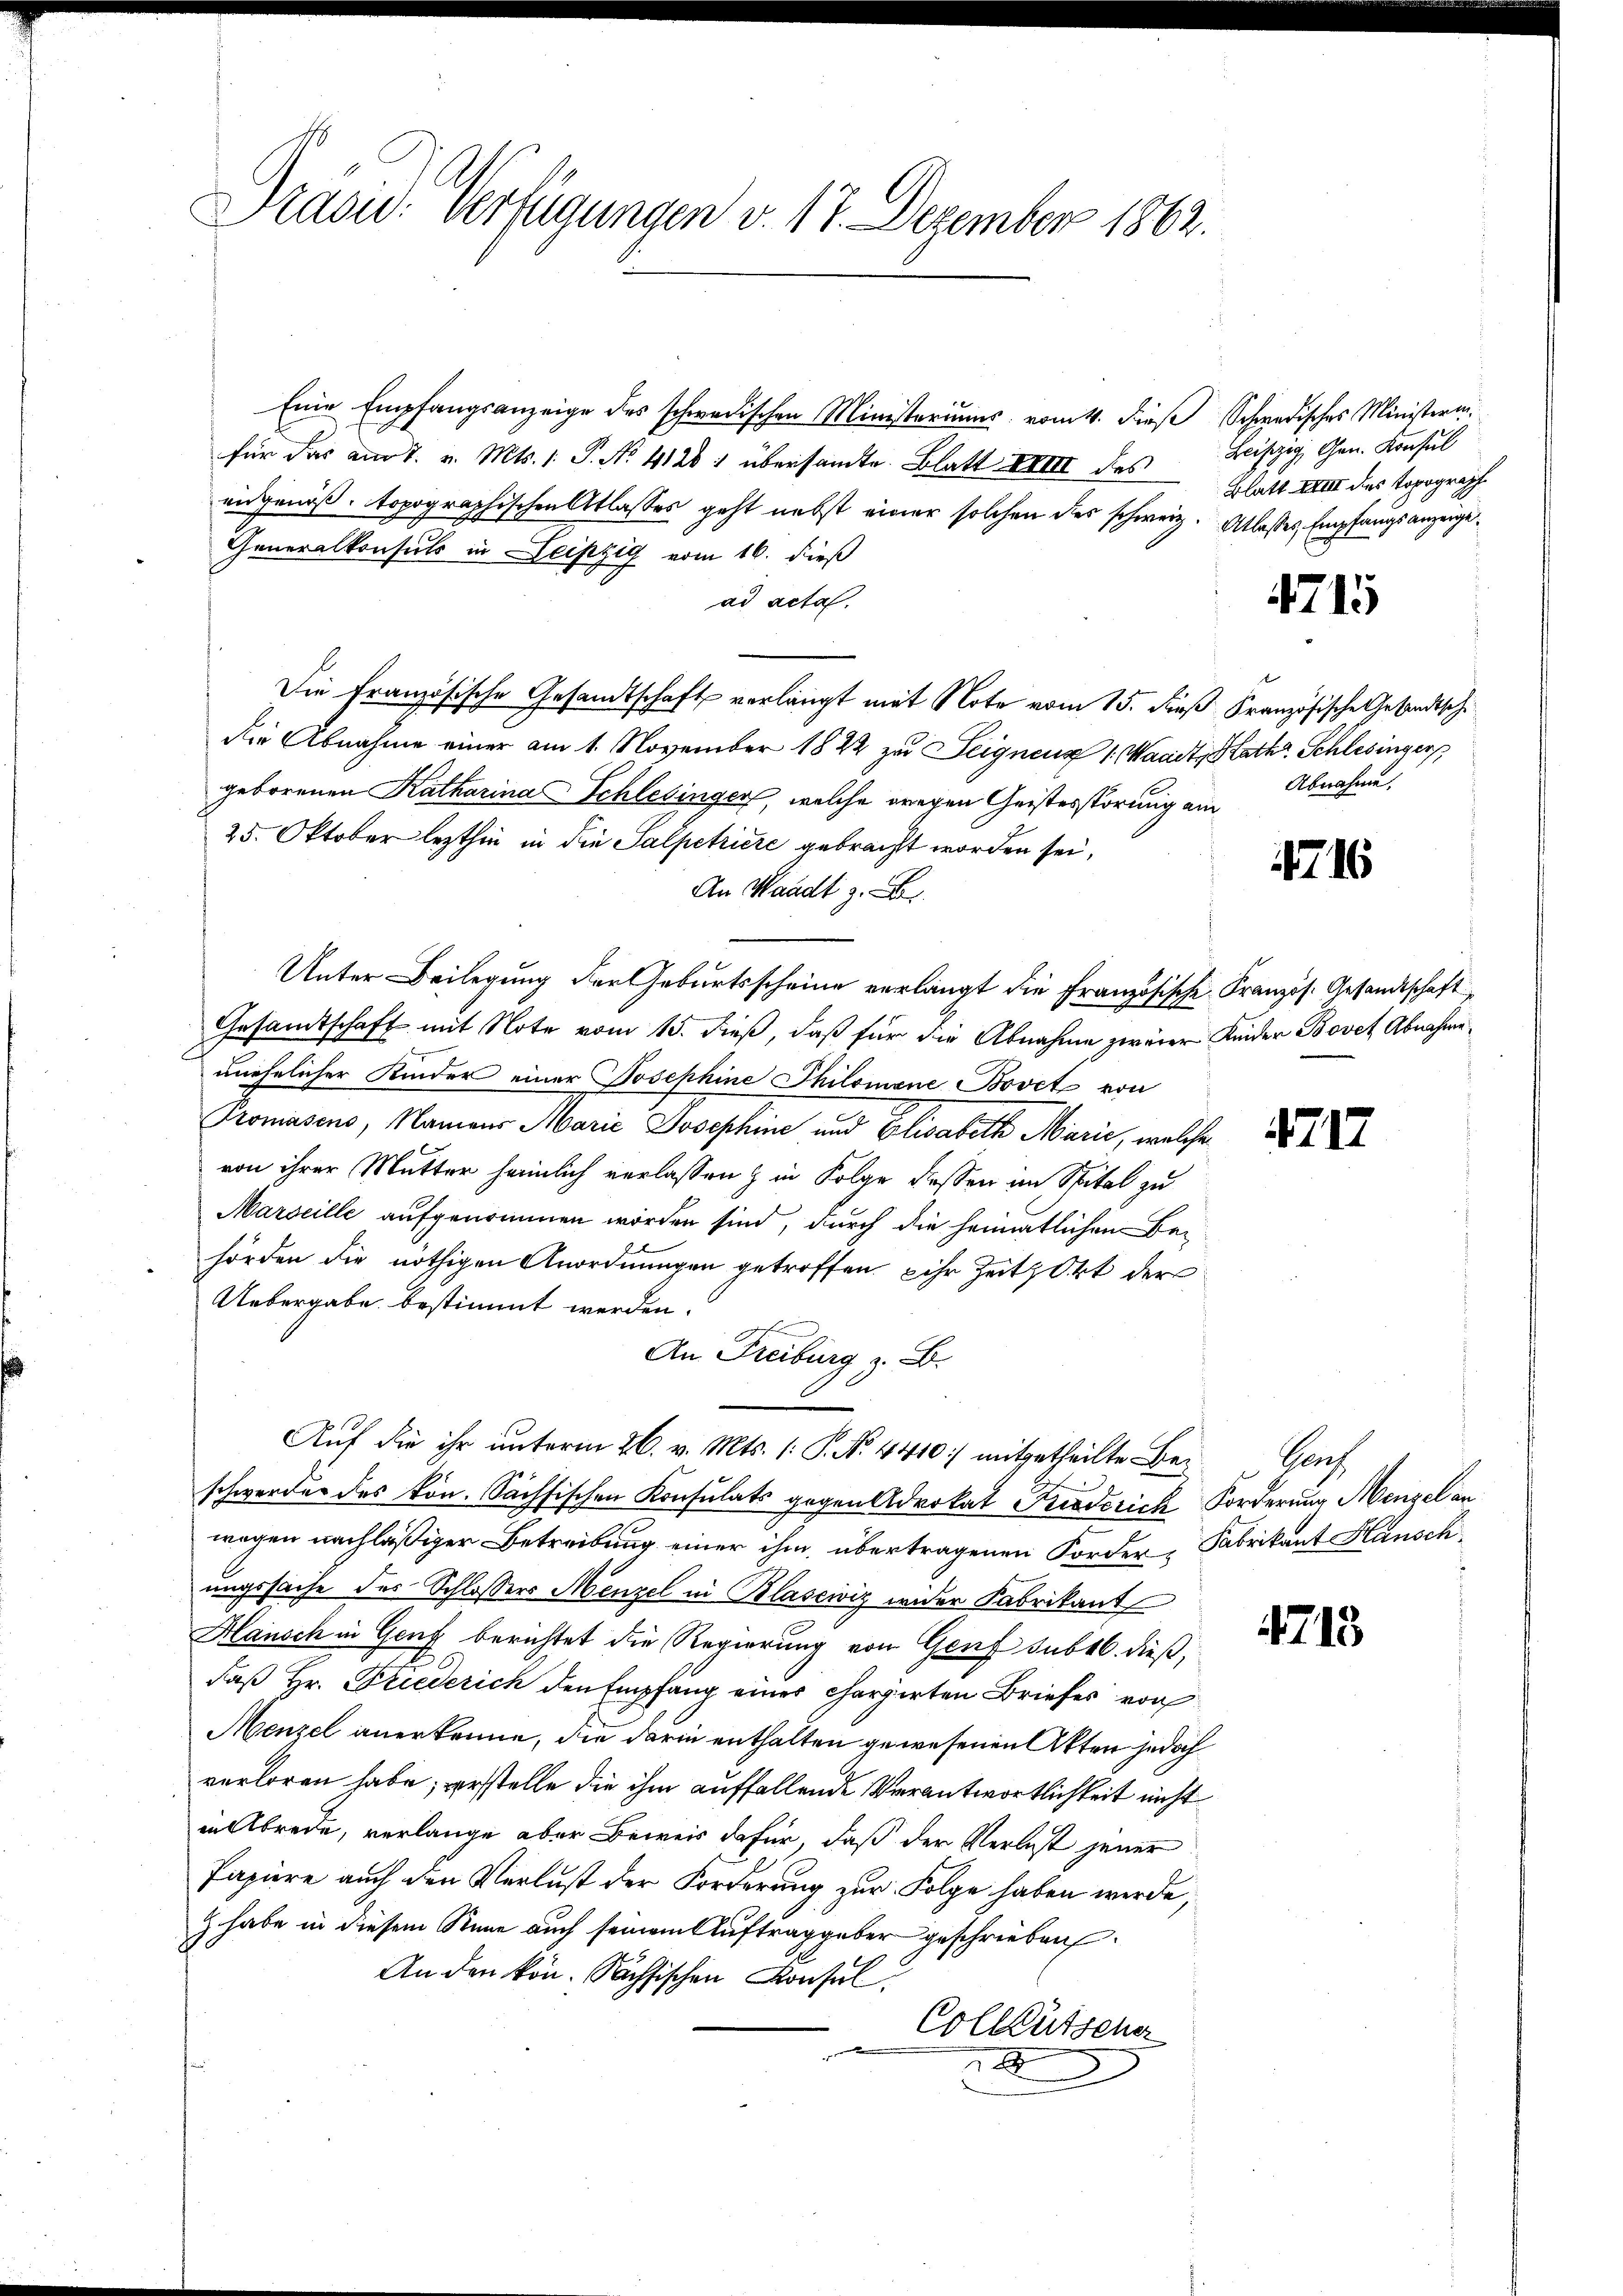
Präsid. Verfügungen v. 17. Dezember 1862.

Eine Empfangsanzeige des schwedischen Ministeriums vom 4. dieß Schwedisches Ministerinfür das am 7. v. Mts. 1. P. No 4128) übersamte Blatt XVIII des
eidgenöß. topographischen Atlasses geht nebst einer solchen des schweiz. Atlasses Empfangsanzeige¬
Generalkonsuls in Leipzig vom 16. dieß
ad acta.
Die Französische Gesandtschaft verlangt mit Note vom 15. dieß Französische Gesandtsche
die Abnahme einer am 1. November 1822 zu Teignenz 1. Waadt, Kath. Schlesinger
geborenen Katharina Schlesingen, welche wegen Geistesstörung am
25. Oktober lezthin in die Salpetriere gebracht worden sei,
An Waadt z. B.
Unter Beilegung der Geburtsscheine verlangt die Französische Französ. Gesandtschaft
Gesamtschaft mit Note vom 15. dieß, daß für die Abnahme zweier Kinder Bovet Abnahmeunehelicher Kinder einer Josephine Philomane Bovet von
Promasens, Namens Marić Josephine und Elisabeth Marić, welche
von ihrer Mutter hämmlich verlassen & in Folge dessen im Spital zu
Marseille aufgenommen worden sind, durch die heimatlichen Behörden die nöthigen Anordnungen getroffen ihr Zeit, Ort der
Uebergabe bestimmt werden.
efe
An Freiburg z. B.
Auf die ihr unterm 26. v. Mts. (: P. Nr. 4410) mitgetheilte Bei Genf
schwerden des kön. Sächsischen Konsulats gegen Advokat Fuderich Forderung Mengel an
wegen nachläßiger Betreibung einer ihm übertragenen Forder-Fabrikant Hansch
ungssache des Schlossers Menzel in Blasciviz wider Fabrikant
Hansch in Genf berichtet die Regierung von Genf sub 16. dieß,
daß Hr. Friederich den Empfang einer chargirten Briefes von
Menzel anerkenne, die darin enthalten gewesenen Akten jedoch
verloren habe; verstelle die ihm auffallende Verantwortlichkeit nicht
in Abrede, verlange aber Beweis dafür, daß der Verlast jener
Papiere auch den Verlust der Forderung zur Folge haben werde,
& habe in diesem Stime auch seinem Auftraggeber geschrieben.
An den kön. Sachsischen Konsul
Colleutena
2

Leipzig Gen. Konsul
Blatt XVIII des Topograph

4715

Abnahme.

716

47 II

4713